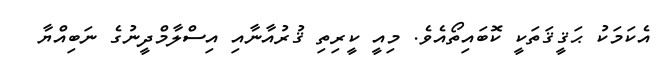
އެކަމަކު ޙަޤީޤަތަކީ ކޮބައިތޯއެވެ. މިއީ ކީރިތި ޤުރުއާނާއި އިސްލާމްދީނުގެ ނަބިއްޔާ